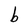
Character: b